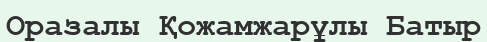
Оразалы Қожамжарұлы Батыр